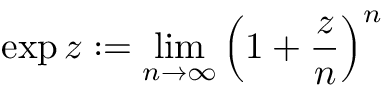
\exp z : = \operatorname* { l i m } _ { n \to \infty } \left( 1 + { \frac { z } { n } } \right) ^ { n }